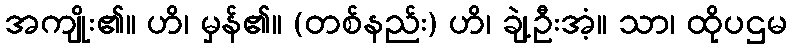
အကျိုး၏။ ဟိ၊ မှန်၏။ (တစ်နည်း) ဟိ၊ ချဲ့ဦးအံ့။ သာ၊ ထိုပဌမ